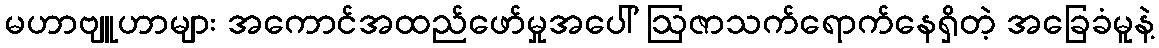
မဟာဗျူဟာများ အကောင်အထည်ဖော်မှုအပေါ် ဩဇာသက်ရောက်နေရှိတဲ့ အခြေခံမူနဲ့